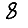
Digit: 8